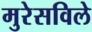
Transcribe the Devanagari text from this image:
मुरेसविले